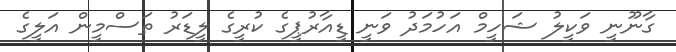
ގާނޫނީ ވަކީލު ޝަހީމް އަހުމަދު ވަނީ ޑީއާރުޕީގެ ކުރީގެ ލީޑަރު ތަސްމީން އަލީގެ